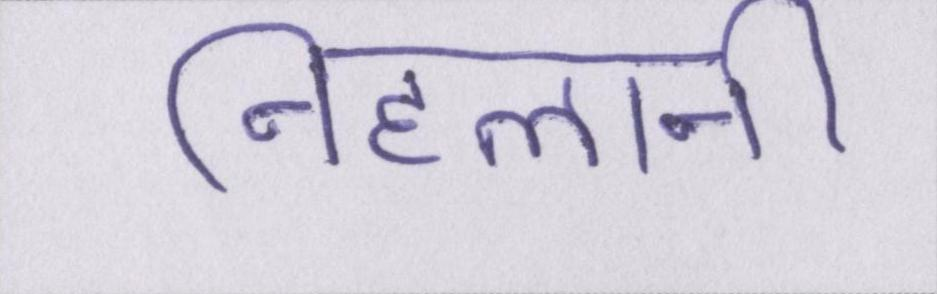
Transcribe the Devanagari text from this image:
निहलानी